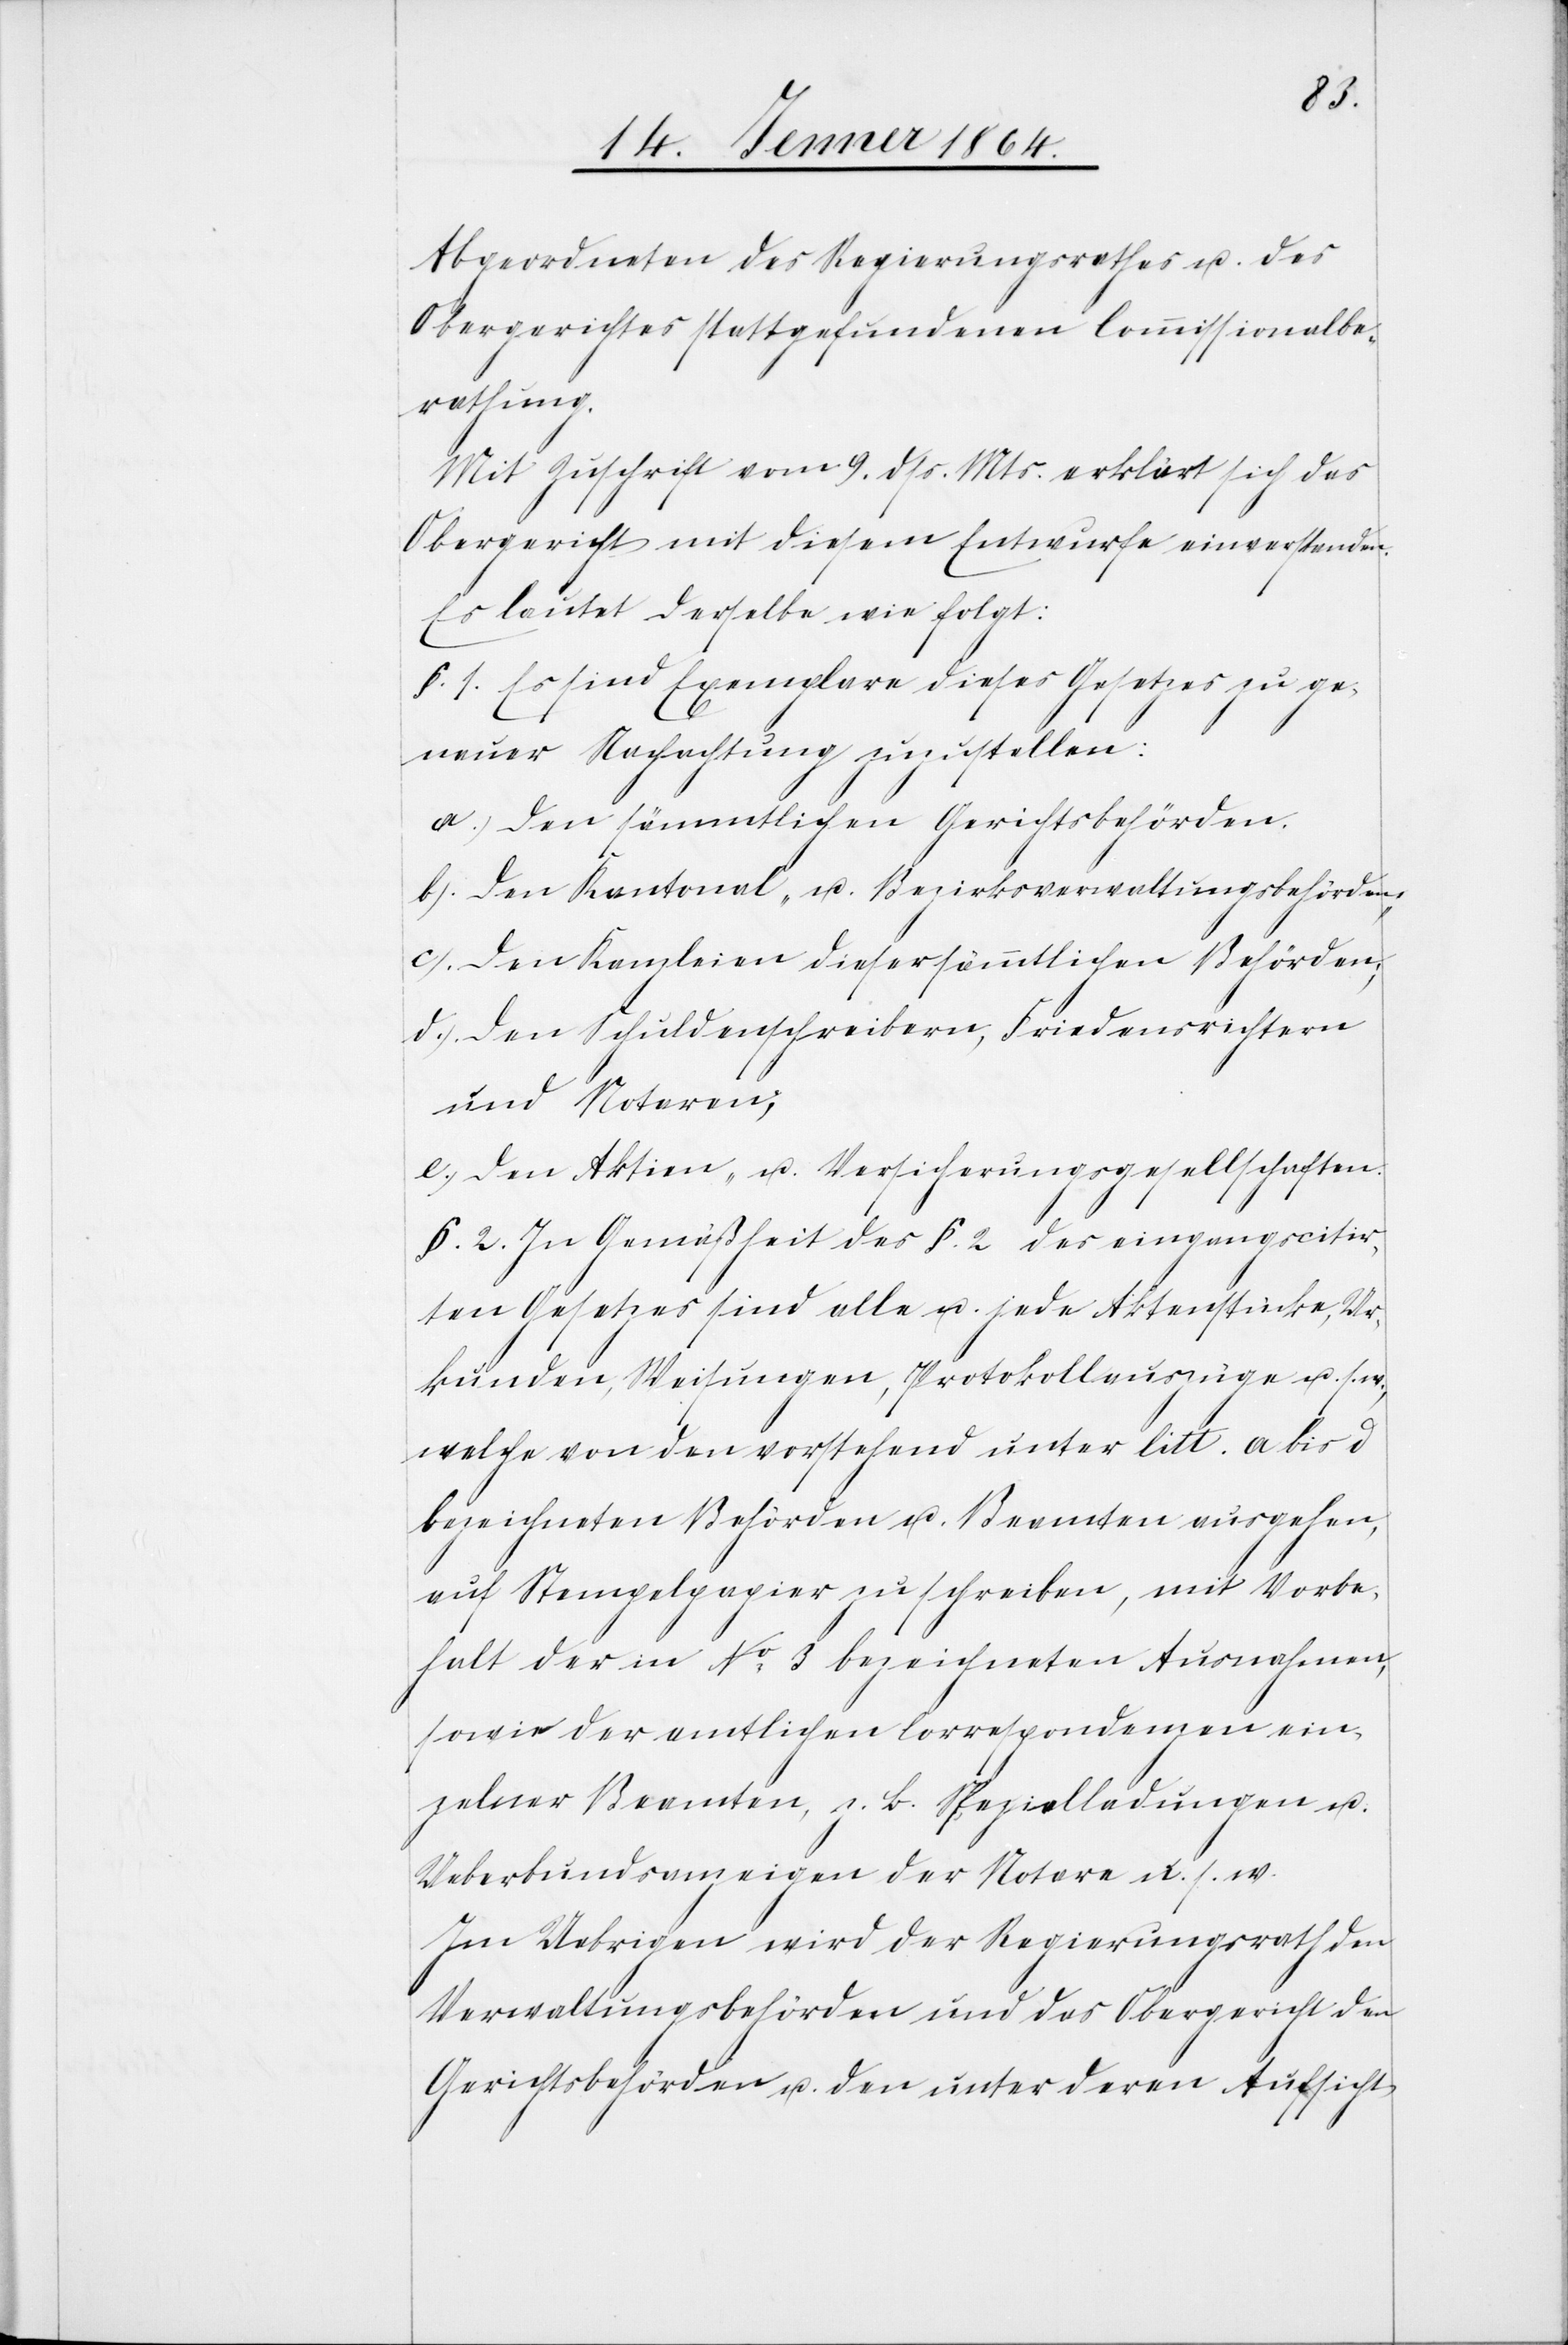
Abgeordneten des Regierungsrathes u. des
Obergerichtes stattgefundenen Commissionalbe¬
rathung.
Mit Zuschrift vom 9. dss. Mts. erklärt sich das
Obergericht mit diesem Entwurfe einverstanden.
Es lautet derselbe wie folgt:
§. 1. Es sind Exemplare dieses Gesetzes ge¬
nauer Nachachtung zuzustellen:
a.) Den sämmtlichen Gerichtsbehörden.
b.) Den Kantonal- u. Bezirksverwaltungsbehörden;
c.) Den Kanzleien dieser sämmtlichen Behörden;
d.) Den Schuldenschreibern, Friedensrichtern
und Notaren;
e.) Den Aktien- u. Versicherungsgesellschaften.
§. 2. In Gewüßheit des §. 2 des eingangs citir¬
ten Gesetzes sind alle u. jede Aktenstücke, Ur¬
kunden, Weisungen, Protokollauszüge u. s.
welche von den vorstehend unter litt. a bis d
bezeichneten Behörden u. Beamten ausgehen,
auf Stempelpapier zu schreiben, mit Vorbe¬
halt der in No 3 bezeichneten Ausnahme,
sowie der amtlichen Correspondenzen ein¬
zelner Beamten, z. b. Spezialladungen u.
Ueberbundsanzeigen der Notare u. s. w.
Im Uebrigen wird der Regierungsrath den
Verwaltungsbehörden und das Obergericht den
Gerichtsbehörden u. den unter deren Aufsicht